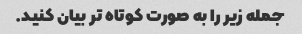
جمله زیر را به صورت کوتاه تر بیان کنید.